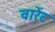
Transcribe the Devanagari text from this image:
वारेंट